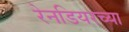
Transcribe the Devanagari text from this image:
रेनडियरच्या